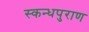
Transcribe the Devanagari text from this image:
स्कन्धपुराण